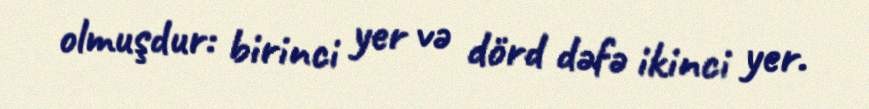
olmuşdur: birinci yer və dörd dəfə ikinci yer.